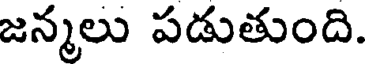
జన్మలు పడుతుంది.